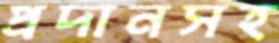
প্রদানসহ